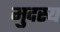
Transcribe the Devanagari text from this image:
मुदस्य